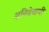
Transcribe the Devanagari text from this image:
शनिदेवाची